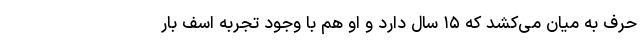
حرف به میان می‌کشد که ۱۵ سال دارد و او هم با وجود تجربه‌ اسف بار